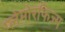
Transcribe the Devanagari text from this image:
प्लेमोरफिज्म